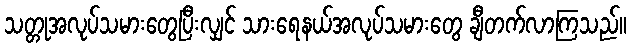
သတ္တုအလုပ်သမားတွေပြီးလျှင် သားရေနယ်အလုပ်သမားတွေ ချီတက်လာကြသည်။